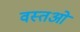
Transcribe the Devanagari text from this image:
वस्‍तओं